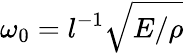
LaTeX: \omega_{0}=l^{-1}\sqrt{E/\rho}